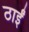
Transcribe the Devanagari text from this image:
ठाईं